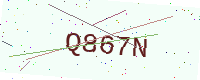
Text: Q867N